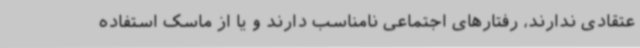
عتقادی ندارند، رفتارهای اجتماعی نامناسب دارند و یا از ماسک استفاده